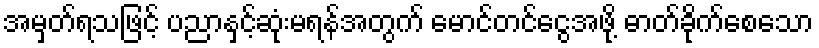
အမှတ်ရသဖြင့် ပညာနှင့်ဆုံးမရန်အတွက် မောင်တင်ငွေအဖို့ ဓာတ်ခိုက်စေသော